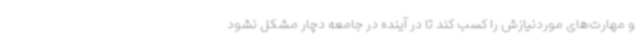
و مهارت‌های موردنیازش را کسب کند تا در آینده در جامعه دچار مشکل نشود